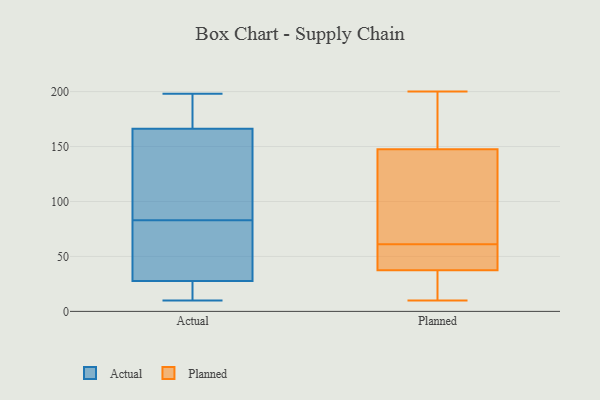
{"axis": {"x": "Page Views", "y": "Value"}, "legend": ["Actual", "Planned"], "data": [{"x": "", "y": 87, "type": "Actual"}, {"x": "", "y": 65, "type": "Actual"}, {"x": "", "y": 167, "type": "Actual"}, {"x": "", "y": 27, "type": "Actual"}, {"x": "", "y": 16, "type": "Actual"}, {"x": "", "y": 198, "type": "Actual"}, {"x": "", "y": 166, "type": "Actual"}, {"x": "", "y": 28, "type": "Actual"}, {"x": "", "y": 46, "type": "Actual"}, {"x": "", "y": 10, "type": "Actual"}, {"x": "", "y": 189, "type": "Actual"}, {"x": "", "y": 128, "type": "Actual"}, {"x": "", "y": 83, "type": "Actual"}, {"x": "", "y": 194, "type": "Planned"}, {"x": "", "y": 131, "type": "Planned"}, {"x": "", "y": 15, "type": "Planned"}, {"x": "", "y": 200, "type": "Planned"}, {"x": "", "y": 24, "type": "Planned"}, {"x": "", "y": 56, "type": "Planned"}, {"x": "", "y": 45, "type": "Planned"}, {"x": "", "y": 55, "type": "Planned"}, {"x": "", "y": 69, "type": "Planned"}, {"x": "", "y": 10, "type": "Planned"}, {"x": "", "y": 35, "type": "Planned"}, {"x": "", "y": 21, "type": "Planned"}, {"x": "", "y": 157, "type": "Planned"}, {"x": "", "y": 82, "type": "Planned"}, {"x": "", "y": 150, "type": "Planned"}, {"x": "", "y": 61, "type": "Planned"}, {"x": "", "y": 140, "type": "Planned"}, {"x": "", "y": 57, "type": "Planned"}, {"x": "", "y": 177, "type": "Planned"}]}